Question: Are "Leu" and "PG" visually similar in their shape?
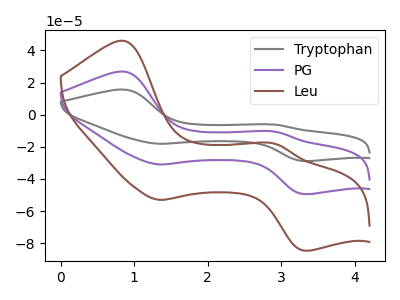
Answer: <think>The gray curve "Tryptophan" has anodic peaks at (0.85V, 53.75uA) (2.90V, -21.25uA) and cathodic peaks at (1.35V, -61.85uA) (3.30V, -98.80uA). The purple curve "PG" has anodic peaks at (0.85V, 26.85uA) (2.90V, -10.60uA) and cathodic peaks at (1.35V, -30.90uA) (3.30V, -49.40uA). The brown curve "Leu" has anodic peaks at (0.85V, 46.00uA) (2.90V, -18.20uA) and cathodic peaks at (1.35V, -52.95uA) (3.30V, -84.60uA).
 All the peaks in "Leu" have a peak in "PG" at the same potential.</think>
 <answer>"Leu" and "PG" are similar in shape.</answer>
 <eval>same_shape</eval>